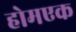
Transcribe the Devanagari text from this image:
होमएक